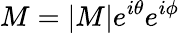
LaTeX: M=|M|e^{i\theta}e^{i\phi}